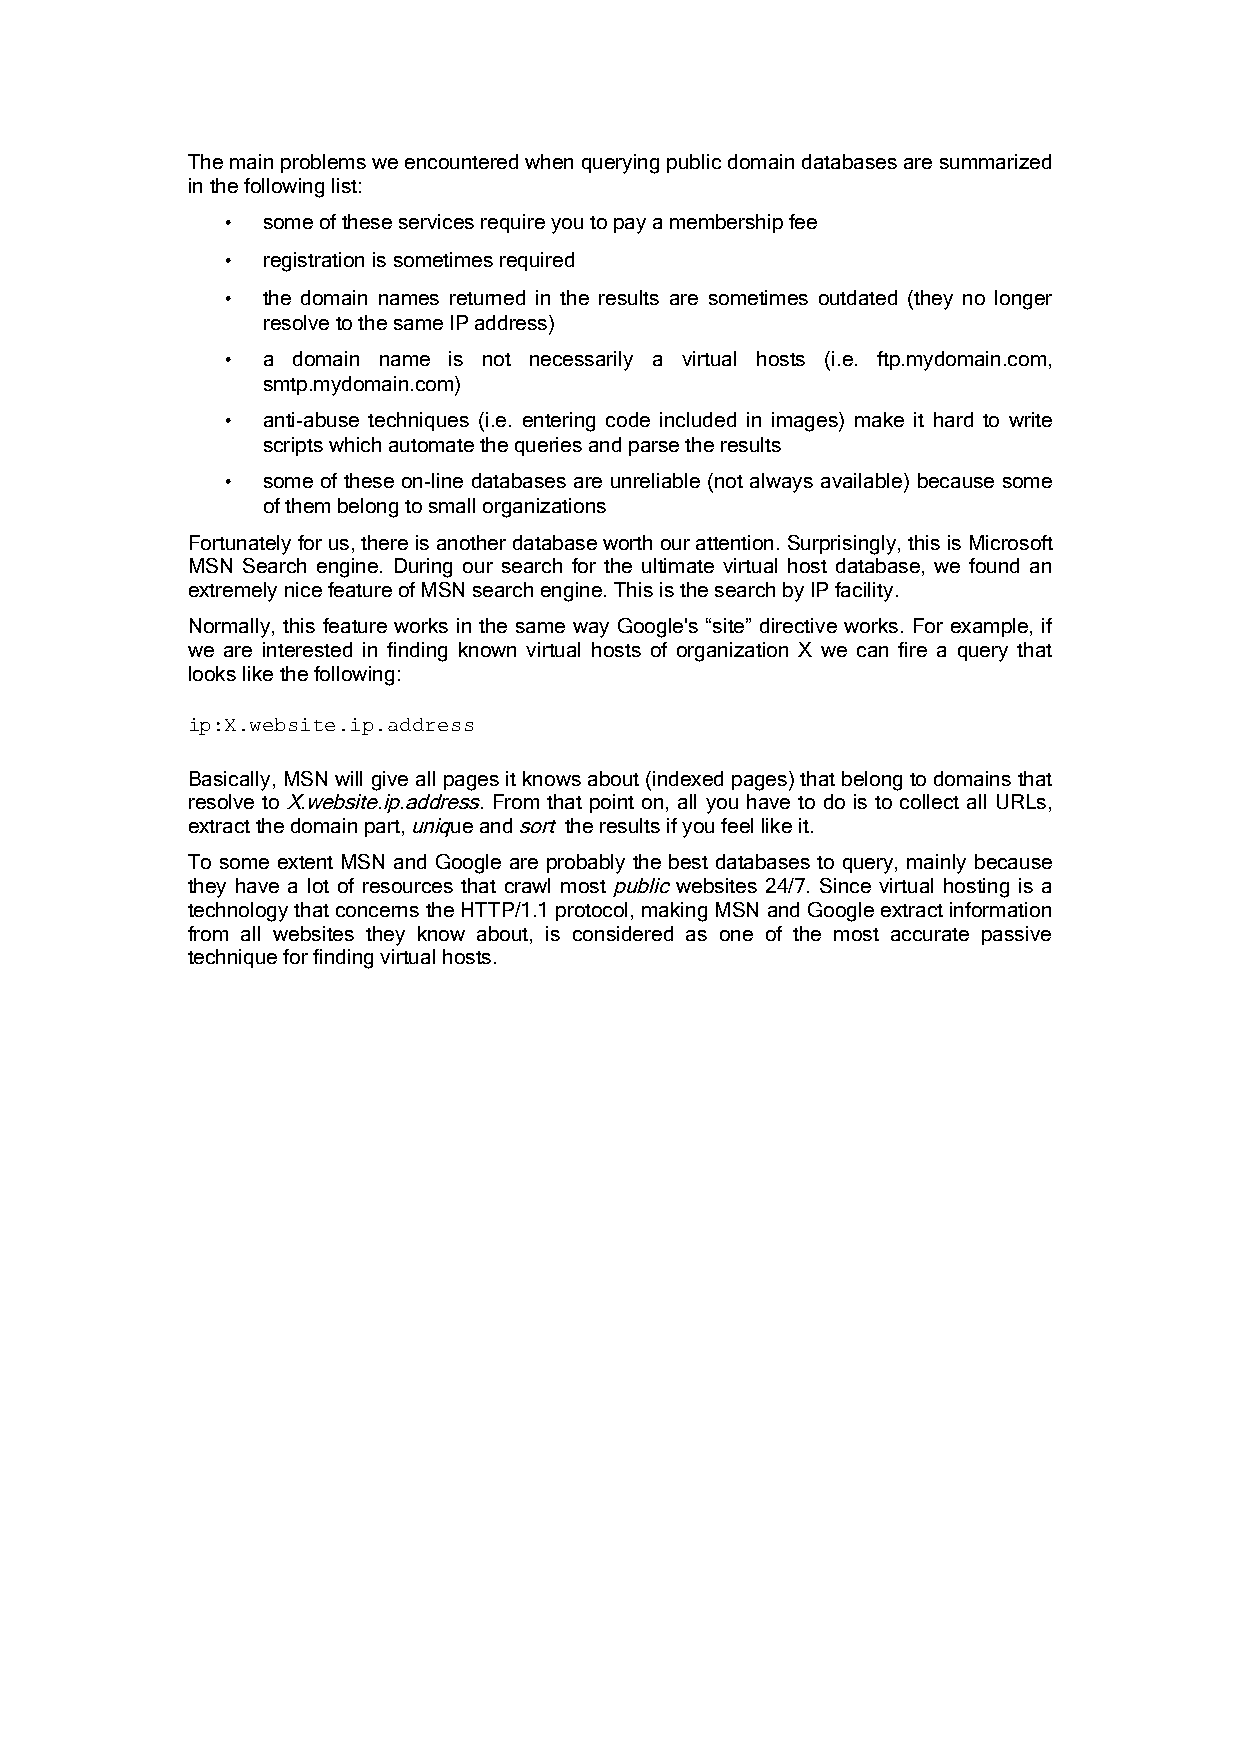
The main problems we encountered when querying public domain databases are summarized
 in the following list:
 • some of these services require you to pay a membership fee
 • registration is sometimes required
 • the domain names returned in the results are sometimes outdated (they no longer
 resolve to the same IP address)
 • a domain name is not necessarily a virtual hosts (i.e. ftp.mydomain.com,
 smtp.mydomain.com)
 • anti-abuse techniques (i.e. entering code included in images) make it hard to write
 scripts which automate the queries and parse the results
 • some of these on-line databases are unreliable (not always available) because some
 of them belong to small organizations
 Fortunately for us, there is another database worth our attention. Surprisingly, this is Microsoft
 MSN Search engine. During our search for the ultimate virtual host database, we found an
 extremely nice feature of MSN search engine. This is the search by IP facility.
 Normally, this feature works in the same way Google's “site” directive works. For example, if
 we are interested in finding known virtual hosts of organization X we can fire a query that
 looks like the following:
 ip:X.website.ip.address
 Basically, MSN will give all pages it knows about (indexed pages) that belong to domains that
 resolve to X.website.ip.address. From that point on, all you have to do is to collect all URLs,
 extract the domain part, unique and sort the results if you feel like it.
 To some extent MSN and Google are probably the best databases to query, mainly because
 they have a lot of resources that crawl most public websites 24/7. Since virtual hosting is a
 technology that concerns the HTTP/1.1 protocol, making MSN and Google extract information
 from all websites they know about, is considered as one of the most accurate passive
 technique for finding virtual hosts.